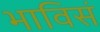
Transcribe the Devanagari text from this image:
भाविसं